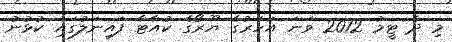
މި ދެ ޓީމު 2012 ވަނަ އަހަރުގެ ޔޫރޯގެ ކުއާޓާ ފައިނަލުގައި ކުޅުނު